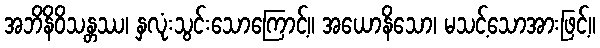
အဘိနိဝိသန္တဿ၊ နှလုံးသွင်းသောကြောင့်။ အယောနိသော၊ မသင့်သောအားဖြင့်။